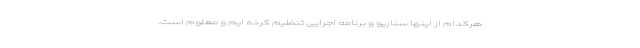
هرکدام از اینها سناریو و برنامه اجرایی تنظیم کرده ایم و معلوم است.